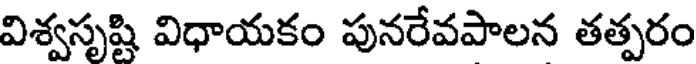
విశ్వసృష్టి విధాయకం పునరేవపాలన తత్పరం